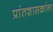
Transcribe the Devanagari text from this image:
प्रांतशासकांना